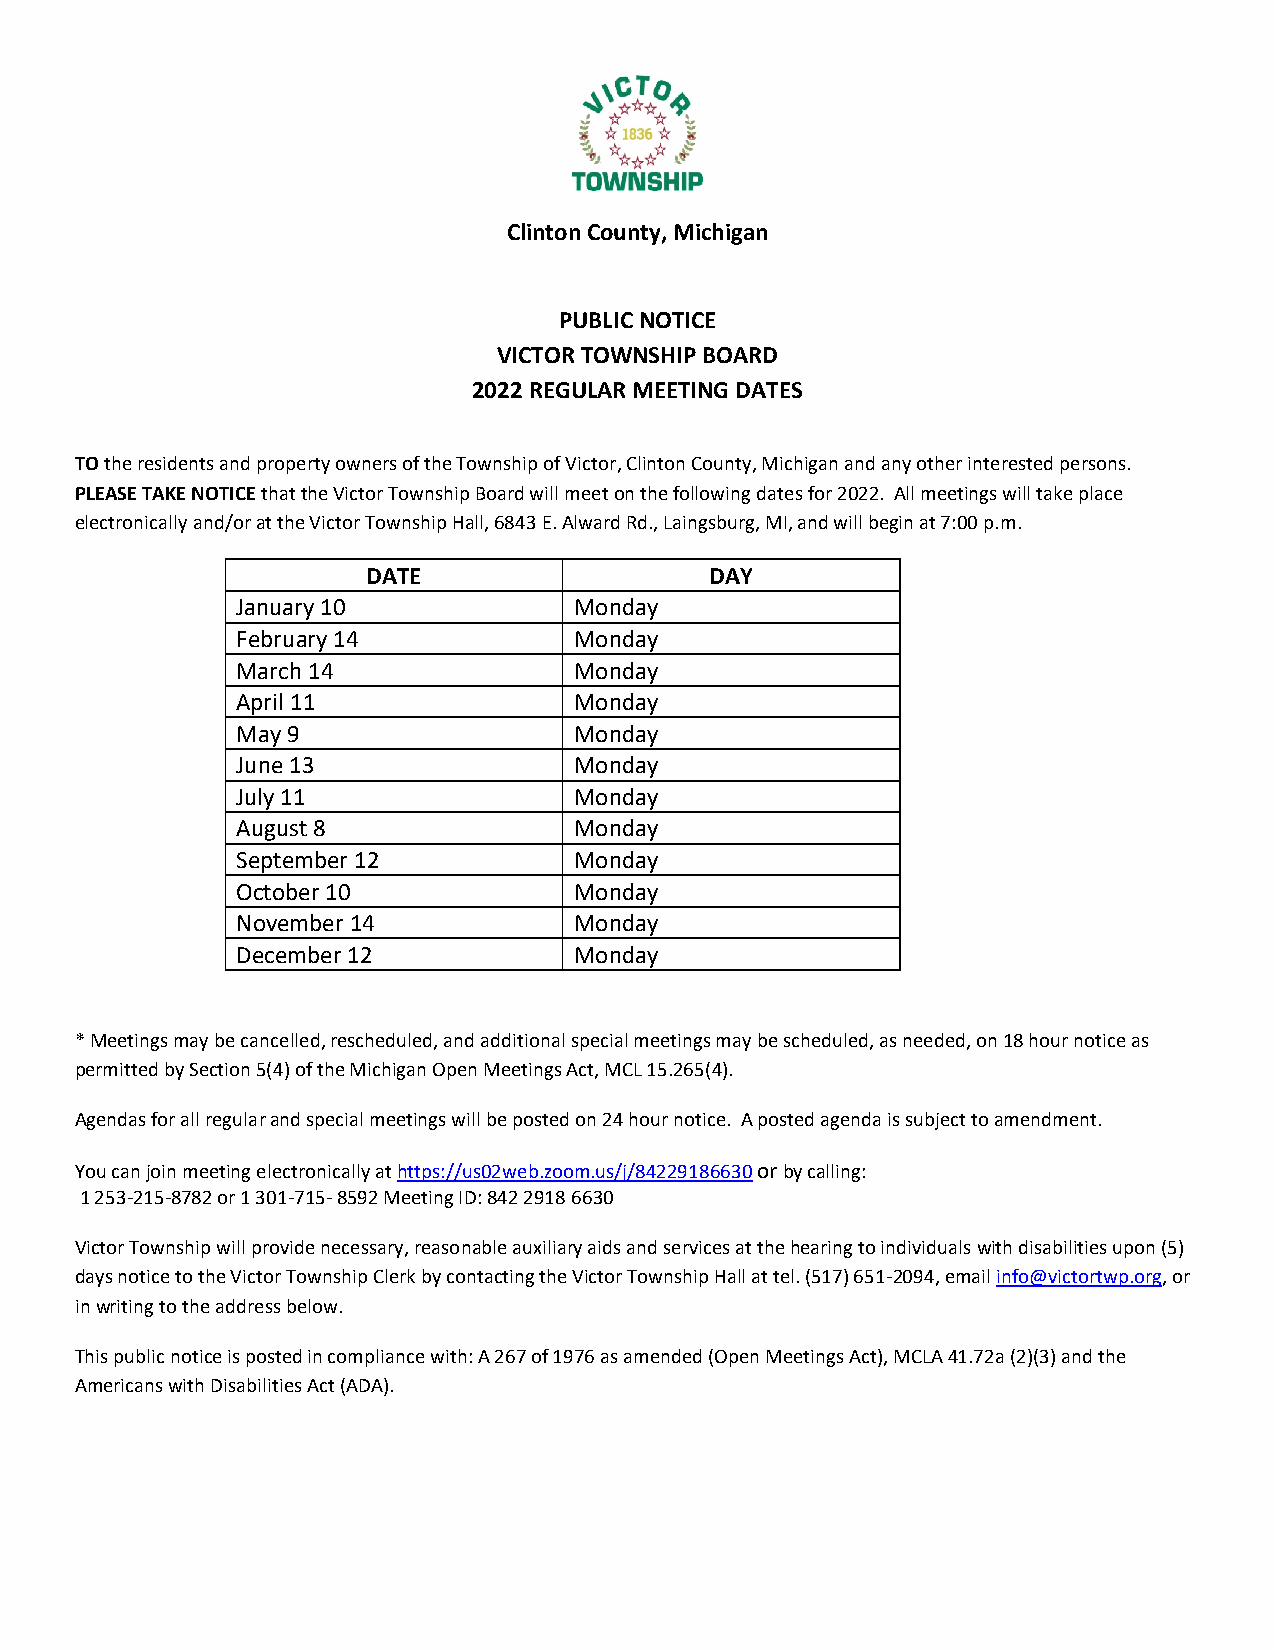
Clinton County, Michigan
 PUBLIC NOTICE
 VICTOR TOWNSHIP BOARD
 2022 REGULAR MEETING DATES
 TO the residents and property owners of the Township of Victor, Clinton County, Michigan and any other interested persons.
 PLEASE TAKE NOTICE that the Victor Township Board will meet on the following dates for 2022. All meetings will take place
 electronically and/or at the Victor Township Hall, 6843 E. Alward Rd., Laingsburg, MI, and will begin at 7:00 p.m.
 DATE                   DAY
 January 10            Monday
 February 14           Monday
 March 14              Monday
 April 11              Monday
 May 9                 Monday
 June 13               Monday
 July 11               Monday
 August 8              Monday
 September 12          Monday
 October 10            Monday
 November 14           Monday
 December 12           Monday
 * Meetings may be cancelled, rescheduled, and additional special meetings may be scheduled, as needed, on 18 hour notice as
 permitted by Section 5(4) of the Michigan Open Meetings Act, MCL 15.265(4).
 Agendas for all regular and special meetings will be posted on 24 hour notice. A posted agenda is subject to amendment.
 You can join meeting electronically at https://us02web.zoom.us/j/84229186630 or by calling:
 1 253-215-8782 or 1 301-715- 8592 Meeting ID: 842 2918 6630
 Victor Township will provide necessary, reasonable auxiliary aids and services at the hearing to individuals with disabilities upon (5)
 days notice to the Victor Township Clerk by contacting the Victor Township Hall at tel. (517) 651-2094, email info@victortwp.org, or
 in writing to the address below.
 This public notice is posted in compliance with: A 267 of 1976 as amended (Open Meetings Act), MCLA 41.72a (2)(3) and the
 Americans with Disabilities Act (ADA).